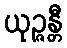
ယုဉ္ဇန္တီ